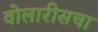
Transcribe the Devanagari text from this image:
वोलारीसचा